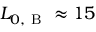
L _ { 0 , \mathrm { ~ B ~ } } \approx 1 5